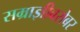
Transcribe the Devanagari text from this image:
सम्राज्ञीबरोबर